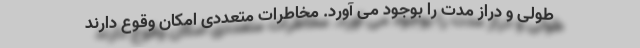
طولی و دراز مدت را بوجود می آورد. مخاطرات متعددی امکان وقوع دارند